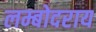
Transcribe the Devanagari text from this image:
लम्बोदराय